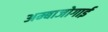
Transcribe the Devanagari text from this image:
अम्बाजोगाई